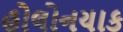
હોલોનયાક